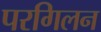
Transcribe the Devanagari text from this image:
परगिलन